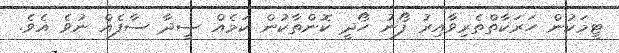
ޓީމަކުން ހަރަކާތްތެރިވާއިރު ފޯނު ހޯދީ ކޮންތާކުން ކަމެއް ސީދާ ސާފެއް ނުވެ އެވެ.